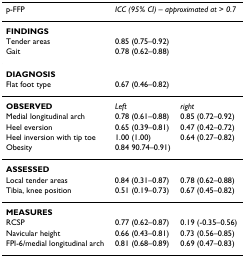
<table><thead><tr><td><b>p-FFP</b></td><td colspan="2"><b><i>ICC (95% CI) – approximated at &gt; 0.7</i></b></td></tr></thead><tbody><tr><td colspan="3"><b>FINDINGS</b></td></tr><tr><td>Tender areas</td><td>0.85 (0.75–0.92)</td><td></td></tr><tr><td>Gait</td><td>0.78 (0.62–0.88)</td><td></td></tr><tr><td colspan="3"><b>DIAGNOSIS</b></td></tr><tr><td>Flat foot type</td><td>0.67 (0.46–0.82)</td><td></td></tr><tr><td><b>OBSERVED</b></td><td><i>Left</i></td><td><i>right</i></td></tr><tr><td>Medial longitudinal arch</td><td>0.78 (0.61–0.88)</td><td>0.85 (0.72–0.92)</td></tr><tr><td>Heel eversion</td><td>0.65 (0.39–0.81)</td><td>0.47 (0.42–0.72)</td></tr><tr><td>Heel inversion with tip toe</td><td>1.00 (1.00)</td><td>0.64 (0.27–0.82)</td></tr><tr><td>Obesity</td><td>0.84 90.74–0.91)</td><td></td></tr><tr><td colspan="3"><b>ASSESSED</b></td></tr><tr><td>Local tender areas</td><td>0.84 (0.31–0.87)</td><td>0.78 (0.62–0.88)</td></tr><tr><td>Tibia, knee position</td><td>0.51 (0.19–0.73)</td><td>0.67 (0.45–0.82)</td></tr><tr><td colspan="3"><b>MEASURES</b></td></tr><tr><td>RCSP</td><td>0.77 (0.62–0.87)</td><td>0.19 (-0.35–0.56)</td></tr><tr><td>Navicular height</td><td>0.66 (0.43–0.81)</td><td>0.73 (0.56–0.85)</td></tr><tr><td>FPI-6/medial longitudinal arch</td><td>0.81 (0.68–0.89)</td><td>0.69 (0.47–0.83)</td></tr></tbody></table>